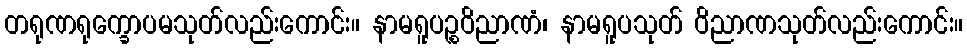
တရုဏရုက္ခောပမသုတ်လည်းကောင်း။ နာမရူပဉ္စဝိညာဏံ၊ နာမရူပသုတ် ဝိညာဏသုတ်လည်းကောင်း။